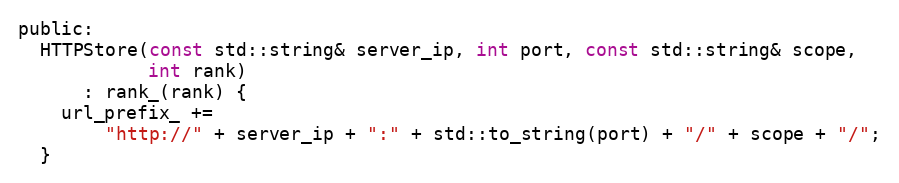
Language: C
public:
  HTTPStore(const std::string& server_ip, int port, const std::string& scope,
            int rank)
      : rank_(rank) {
    url_prefix_ +=
        "http://" + server_ip + ":" + std::to_string(port) + "/" + scope + "/";
  }